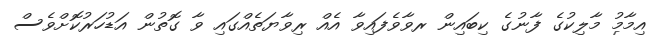
އިމާމު މާލިކުގެ ފާނުގެ ކިބައިން ރވާވެފައިވާ އެއް ރިވާޔަތެއްގައި ވާ ގޮތުން އަޑުހަރުކޮށްވެސް